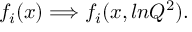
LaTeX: f _ { i } ( x ) \Longrightarrow f _ { i } ( x , l n Q ^ { 2 } ) .